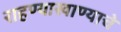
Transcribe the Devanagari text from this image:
राहण्याखाण्याचे